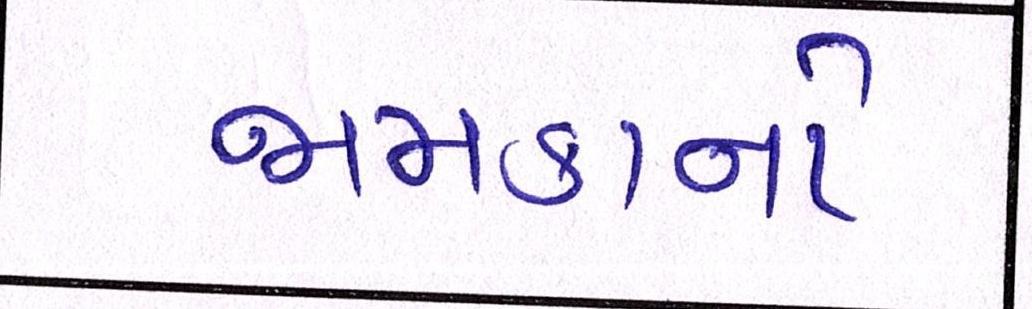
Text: જામકાનો